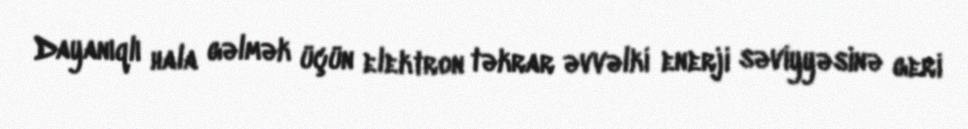
Dayanıqlı hala gəlmək üçün elektron təkrar əvvəlki enerji səviyyəsinə geri